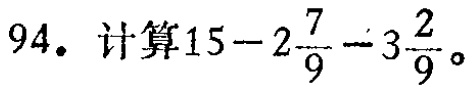
$94.\ 计算15 - 2\frac{7}{9} - 3\frac{2}{9}。$